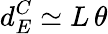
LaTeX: d_{E}^{C}\simeq L\, \theta